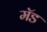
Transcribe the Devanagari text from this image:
मॅड